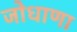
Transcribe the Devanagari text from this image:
जोधाणा